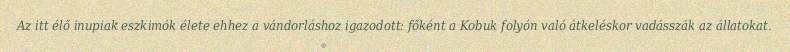
Az itt élő inupiak eszkimók élete ehhez a vándorláshoz igazodott: főként a Kobuk folyón való átkeléskor vadásszák az állatokat.